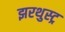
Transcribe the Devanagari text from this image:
झरथुस्ट्र